Civil Veterinary Department ledger series I-VI
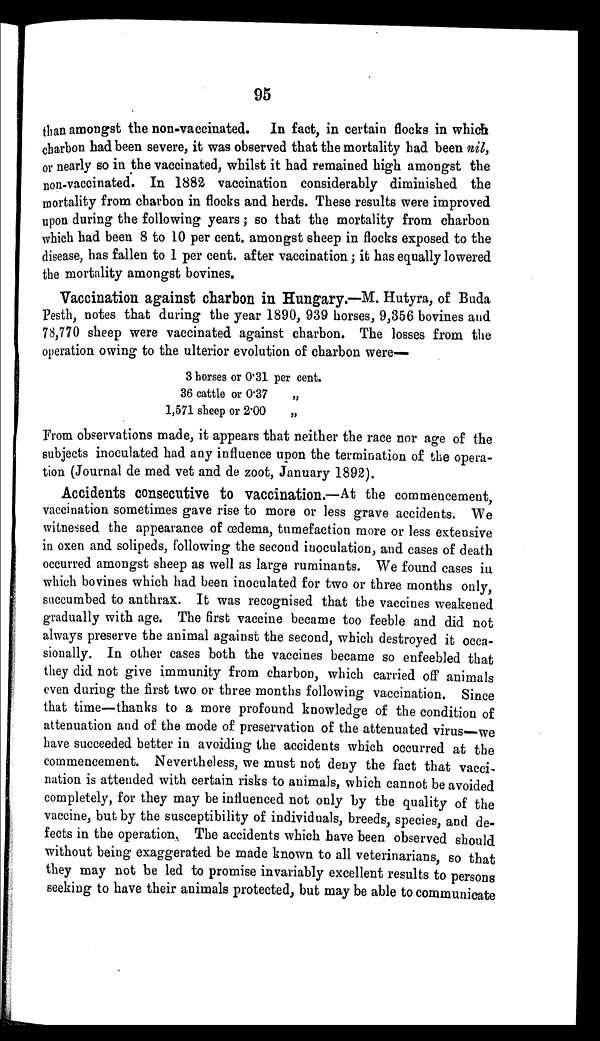
95
than amongst the non-vaccinated. In fact, in certain flocks in which
charbon had been severe, it was observed that the mortality had been nil,
or nearly so in the vaccinated, whilst it had remained high amongst the
non-vaccinated. In 1882 vaccination considerably diminished the
mortality from charbon in flocks and herds. These results were improved
upon during the following years; so that the mortality from charbon
which had been 8 to 10 per cent. amongst sheep in flocks exposed to the
disease, has fallen to 1 per cent. after vaccination; it has equally lowered
the mortality amongst bovines.
Vaccination against charbon in Hungary.—M. Hutyra, of Buda
Pesth, notes that during the year 1890, 939 horses, 9,356 bovines and
78,770 sheep were vaccinated against charbon. The losses from the
operation owing to the ulterior evolution of charbon were—
3 horses or 0.31
36 cattle or 0.37
1,571 sheep or 2.00
per cent.
„
„
From observations made, it appears that neither the race nor age of the
subjects inoculated had any influence upon the termination of the opera-
tion (Journal de med vet and de zoot, January 1892).
Accidents consecutive to vaccination.—At the commencement,
vaccination sometimes gave rise to more or less grave accidents. We
witnessed the appearance of œdema, tumefaction more or less extensive
in oxen and solipeds, following the second inoculation, and cases of death
occurred amongst sheep as well as large ruminants. We found cases in
which bovines which had been inoculated for two or three months only
succumbed to anthrax. It was recognised that the vaccines weakened
gradually with age. The first vaccine became too feeble and did not
always preserve the animal against the second, which destroyed it occa-
sionally. In other cases both the vaccines became so enfeebled that
they did not give immunity from charbon, which carried off animals
even during the first two or three months following vaccination. Since
that time—thanks to a more profound knowledge of the condition of
attenuation and of the mode of preservation of the attenuated virus—we
have succeeded better in avoiding the accidents which occurred at the
commencement. Nevertheless, we must not deny the fact that vacci-
nation is attended with certain risks to animals, which cannot be avoided
completely, for they may be influenced not only by the quality of the
vaccine, but by the susceptibility of individuals, breeds, species, and de-
fects in the operation. The accidents which have been observed should
without being exaggerated be made known to all veterinarians, so that
they may not be led to promise invariably excellent results to persons
seeking to have their animals protected, but may be able to communicate